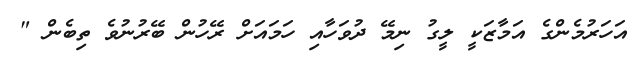
އަހަރުމެންގެ އަމާޒަކީ ލީގު ނިމޭ ދުވަހާއި ހަމައަށް ރޭހުން ބޭރުނުވެ ތިބެން "